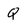
Character: Q